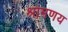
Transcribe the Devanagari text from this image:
श्रामणय